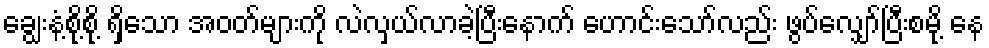
ချွေးနံ့စို့စို့ ရှိသော အဝတ်များကို လဲလှယ်လာခဲ့ပြီးနောက် ဟောင်းသော်လည်း ဖွပ်လျှော်ပြီးစမို့ နေ